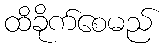
ထိခိုက်စေမည်